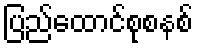
ပြည်ထောင်စုစနစ်